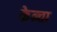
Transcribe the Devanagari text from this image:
केन्ता